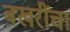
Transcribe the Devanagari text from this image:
बखरींचा